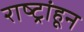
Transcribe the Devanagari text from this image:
राष्ट्रांहून